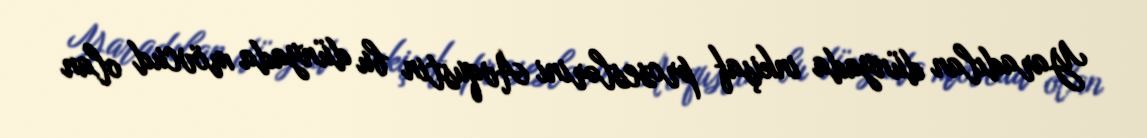
Yaradılan dünyada inkişaf proseslərini Avqustin bu dünyada mövcud olan